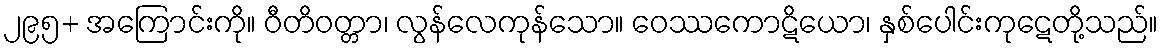
၂၉၅+ အကြောင်းကို။ ဝီတိဝတ္တာ၊ လွန်လေကုန်သော။ ဝေဿကောဋိယော၊ နှစ်ပေါင်းကုဋေတို့သည်။